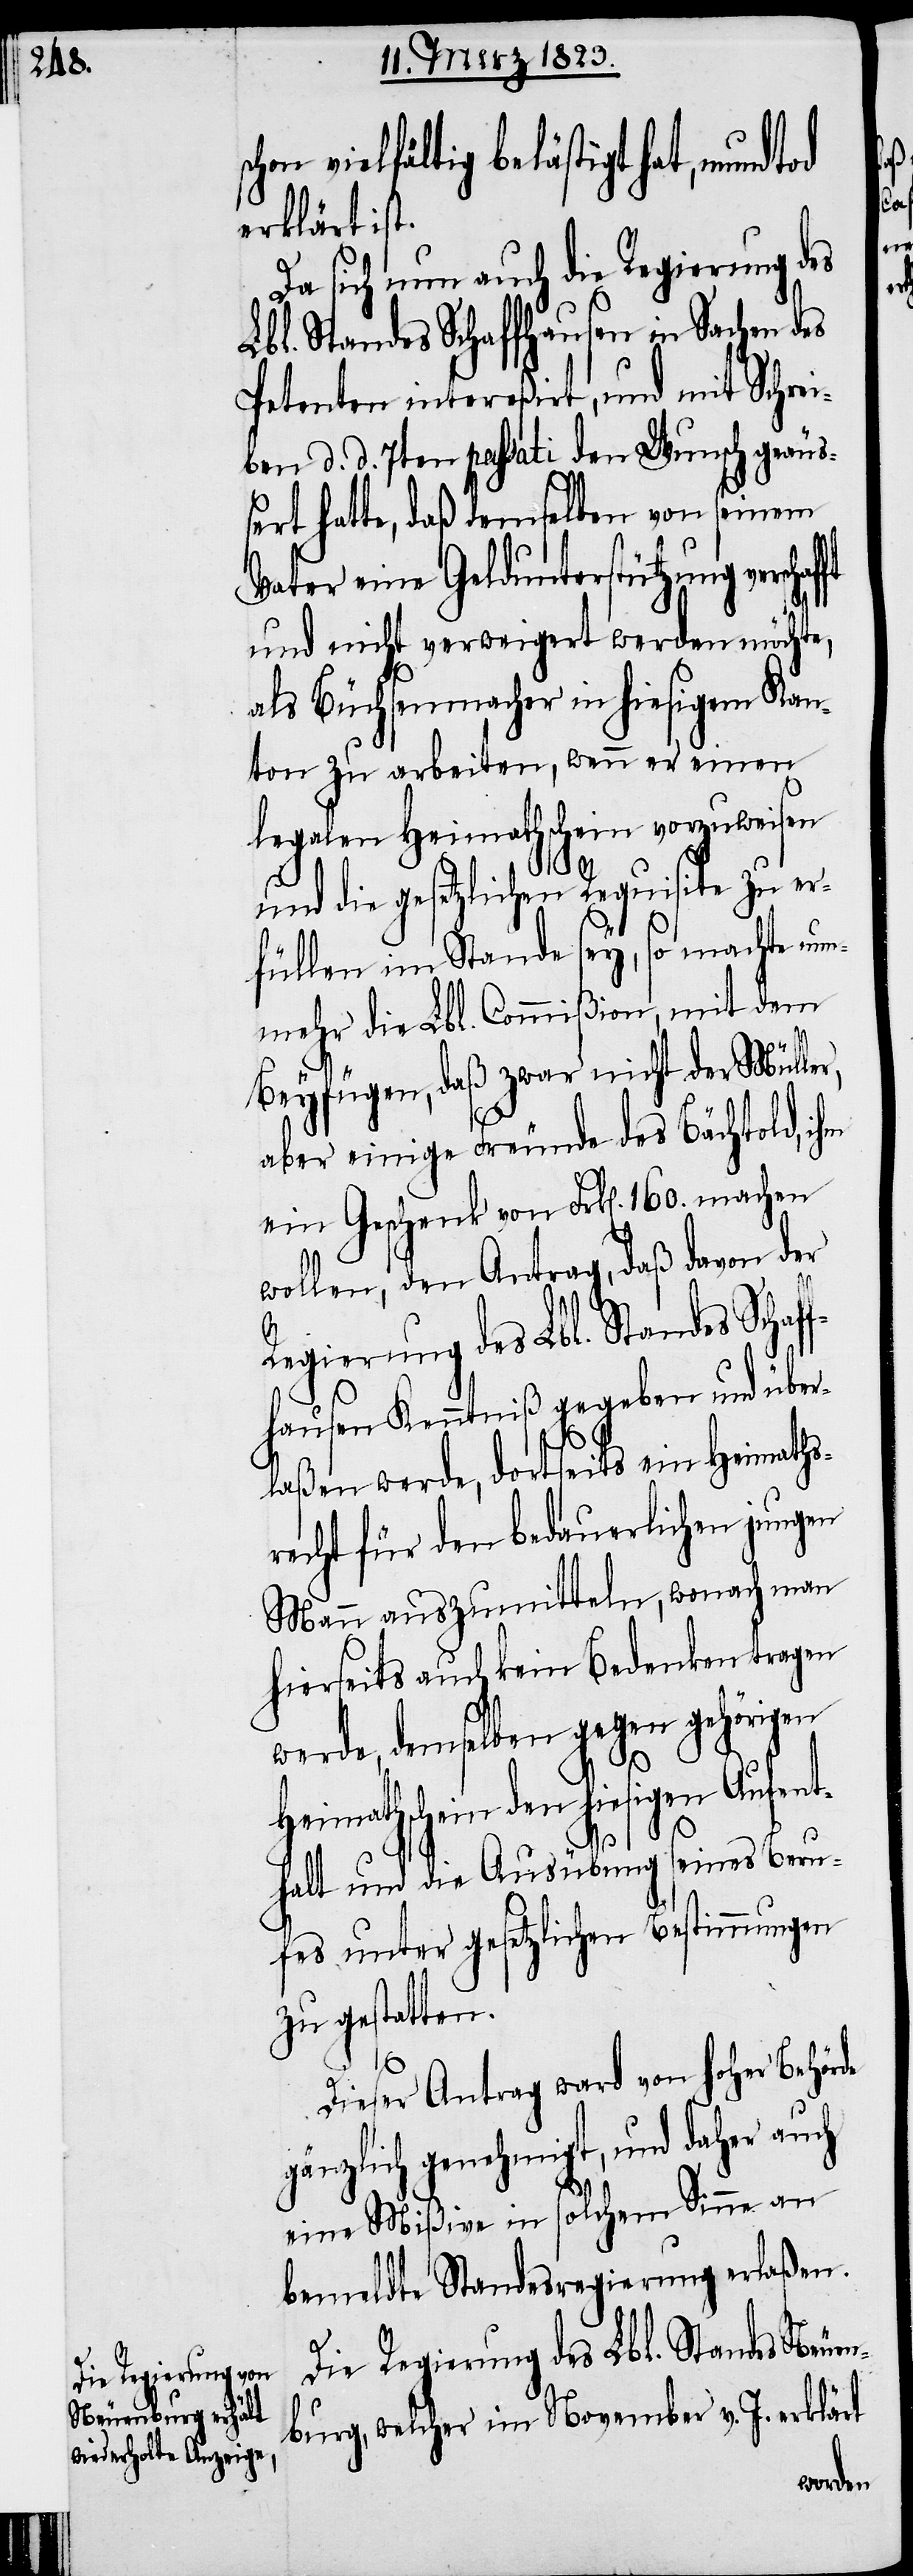
vielfältig belästigt hat, mundtod
erklärt ist.
Da sich nun auch die Regierung des
Lbl. Standes Schaffhausen in Sachen des
Petenten intereßirt, und mit Schrei¬
ben d. d. 7ten passati den Wunsch geäuß¬
ert hatte, daß demselben von seinem
Vater eine Geldunterstützung verschaf¬
und nicht verweigert werden möchte,
als Büchsenmacher in hiesigem Kan¬
ton zu arbeiten, wenn er einen
legalen Heimathschein vorzuweisen
f¬
und die gesetzlichen Requisite zu er¬
füllen im Stande sey, so machte nu¬
nmehr die Lbl. Commißion, mit dem
Beyfügen, daß zwar nicht der Müller,
aber einige Freunde des Bächtold, ihm
ein Geschenk von Frk[en]. 160. machen
wollen, den Antrag, daß davon der
Regierung des Lbl. Standes Scha¬
fhausen Kenntniß gegeben und über¬
laßen werde, dortseits ein Heimaths¬
recht für den bedauerlichen jungen
Mann auszumitteln, wonach man
hierseits auch kein Bedenken tragen
werde, demselben gegen gehörigen
hiesigen Aufent¬
halt und die Ausübung seines Beru¬
fes unter gesetzlichen Bestimmungen
zu gestatten.
Dieser Antrag ward von hoher Behörde
gänzlich genehmigt, und daher auch
eine Mißive in solchem Sinne an
bemeldte Standesregierung erlaßen.
Die Regierung des Lbl. Standes Neuen¬
burg, welcher im November v. J. erklärt